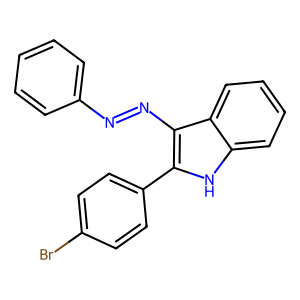
SMILES: Brc1ccc(-c2[nH]c3ccccc3c2N=Nc2ccccc2)cc1
Inhibits HIV replication: No